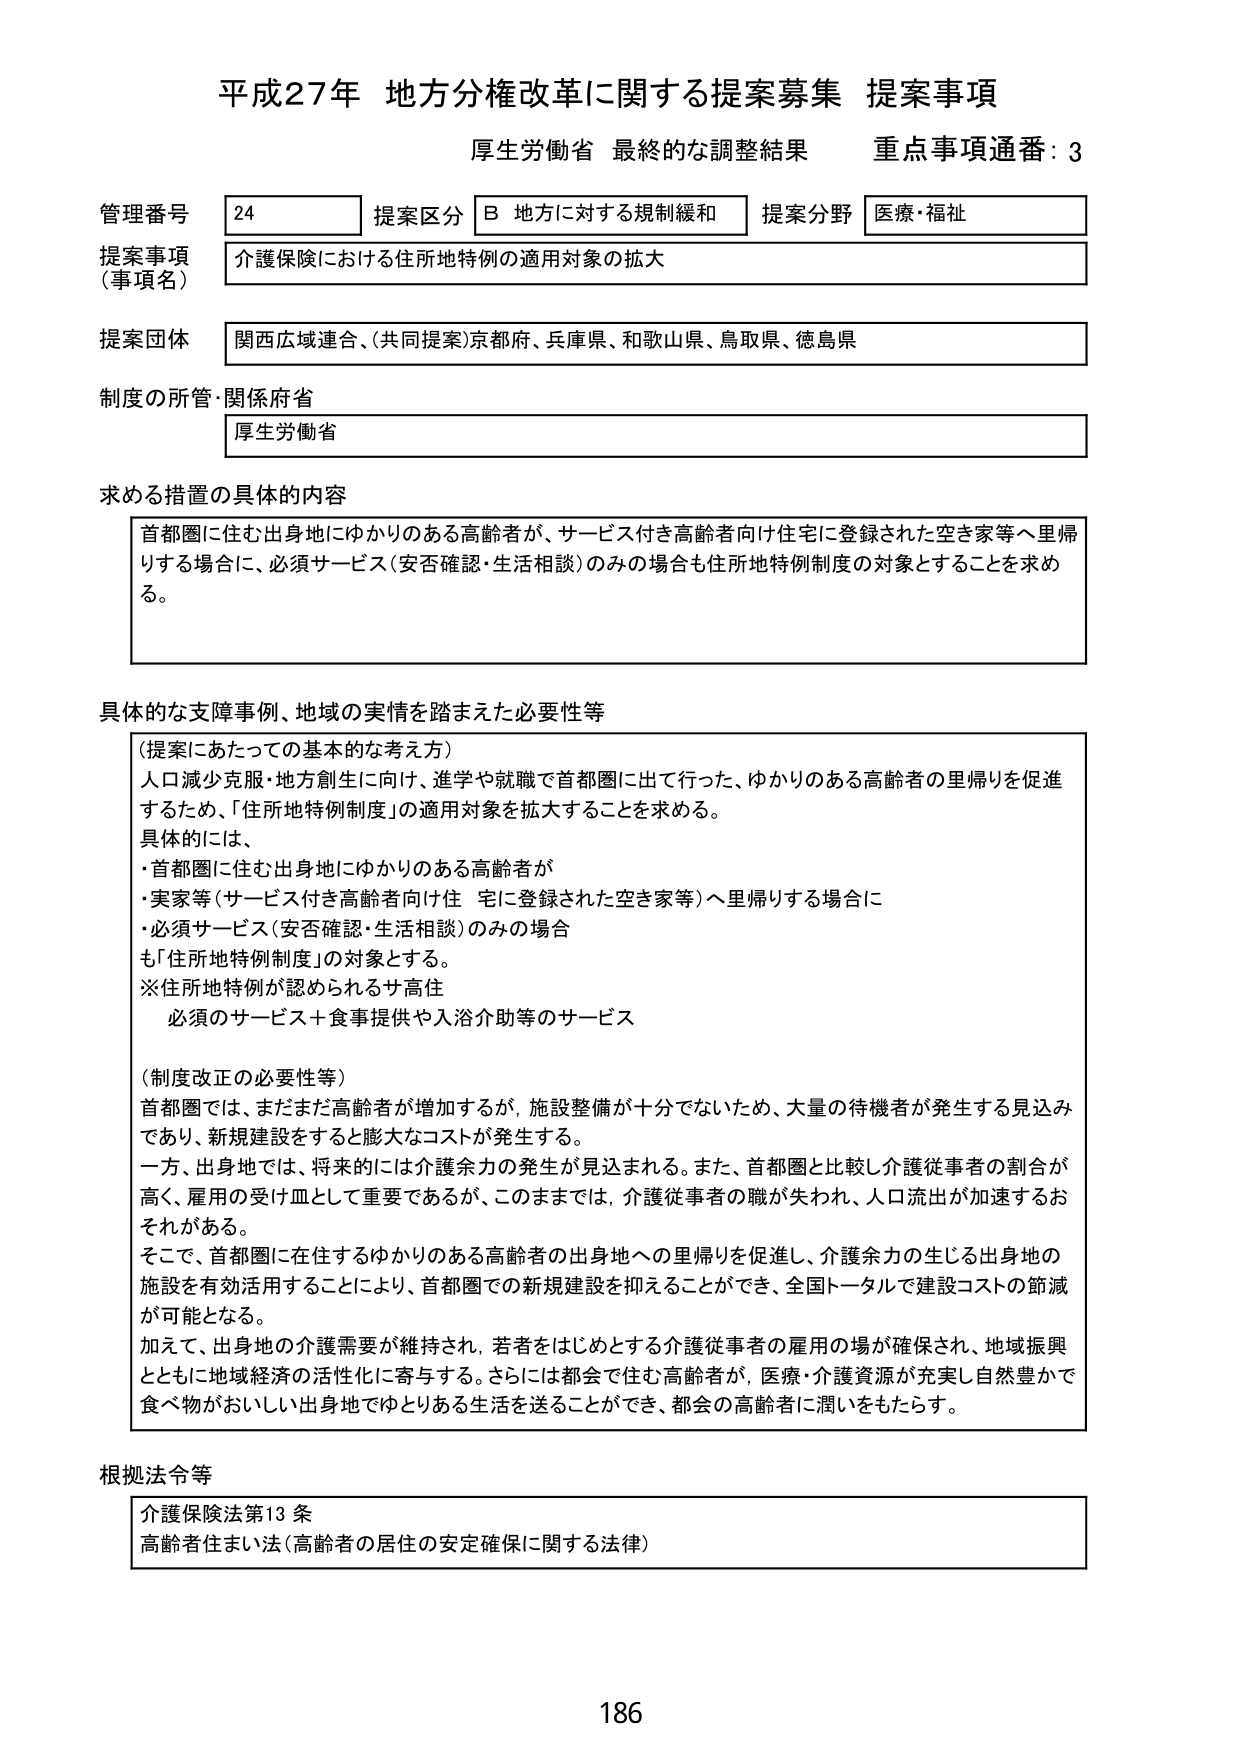
平成27年 地方分権改革に関する提案募集 提案事項
厚生労働省 最終的な調整結果 重点事項通番：3

管理番号 24 提案区分 B 地方に対する規制緩和 提案分野 医療・福祉
提案事項（事項名） 介護保険における住所地特例の適用対象の拡大
提案団体 関西広域連合、（共同提案）京都府、兵庫県、和歌山県、鳥取県、徳島県
制度の所管・関係府省 厚生労働省

求める措置の具体的内容
首都圏に住む出身地にゆかりのある高齢者が、サービス付き高齢者向け住宅に登録された空き家等へ里帰りする場合に、必須サービス（安否確認・生活相談）のみの場合も住所地特例制度の対象とすることを求める。

具体的な支障事例、地域の実情を踏まえた必要性等
（提案にあたっての基本的な考え方）
人口減少克服・地方創生に向け、進学や就職で首都圏に出て行った、ゆかりのある高齢者の里帰りを促進するため、「住所地特例制度」の適用対象を拡大することを求める。
具体的には、
・首都圏に住む出身地にゆかりのある高齢者が
・実家等（サービス付き高齢者向け住宅に登録された空き家等）へ里帰りする場合に
・必須サービス（安否確認・生活相談）のみの場合
も「住所地特例制度」の対象とする。
※住所地特例が認められるサ高住
必須のサービス＋食事提供や入浴介助等のサービス

（制度改正の必要性等）
首都圏では、まだまだ高齢者が増加するが、施設整備が十分でないため、大量の待機者が発生する見込みであり、新規建設をすると膨大なコストが発生する。
一方、出身地では、将来的には介護余力の発生が見込まれる。また、首都圏と比較し介護従事者の割合が高く、雇用の受け皿として重要であるが、このままでは、介護従事者の職が失われ、人口流出が加速するおそれがある。
そこで、首都圏に在住するゆかりのある高齢者の出身地への里帰りを促進し、介護余力の生じる出身地の施設を有効活用することにより、首都圏での新規建設を抑えることができ、全国トータルで建設コストの節減が可能となる。
加えて、出身地の介護需要が維持され、若者をはじめとする介護従事者の雇用の場が確保され、地域振興とともに地域経済の活性化に寄与する。さらには都会で住む高齢者が、医療・介護資源が充実し自然豊かで食べ物がおいしい出身地でゆとりある生活を送ることができ、都会の高齢者に潤いをもたらす。

根拠法令等
介護保険法第13条
高齢者住まい法（高齢者の居住の安定確保に関する法律）

186